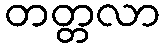
တတ္တလာ